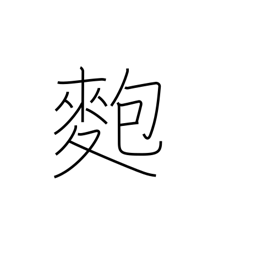
Meaning: sticky rice ball